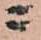
ニ